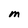
Character: M